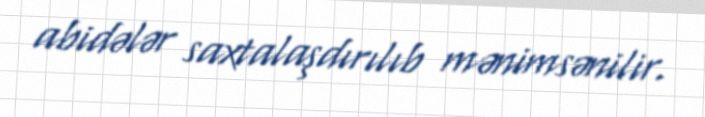
abidələr saxtalaşdırılıb mənimsənilir.